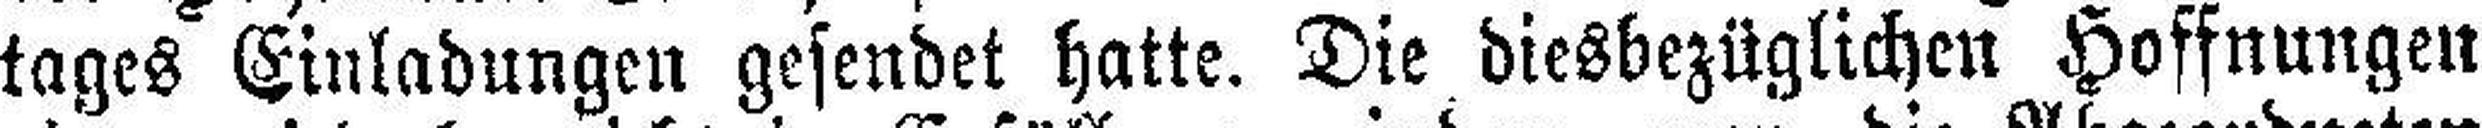
tages Einladungen gesendet hatte. Die diesbezüglichen Hoffnungen